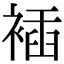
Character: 䙄